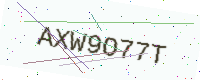
Text: AXW9O77T